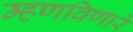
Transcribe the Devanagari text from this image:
म्हणविणारे